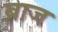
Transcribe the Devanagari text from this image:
ब्राज